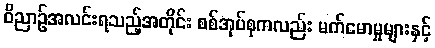
ဝိညာဉ်အလင်းရသည့်အတိုင်း စစ်အုပ်စုကလည်း မက်မောမှုများနှင့်